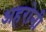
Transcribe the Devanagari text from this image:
अहरोनी